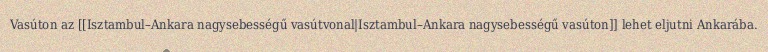
Vasúton az [[Isztambul–Ankara nagysebességű vasútvonal|Isztambul–Ankara nagysebességű vasúton]] lehet eljutni Ankarába.